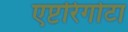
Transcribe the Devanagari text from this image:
एप्टरिगोटा